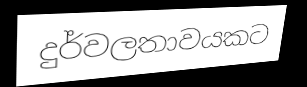
දුර්වලතාවයකට